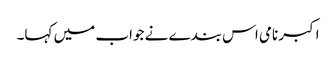
اکبر نامی اس بندے نے جواب میں کہا۔